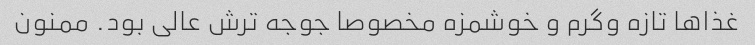
غذاها تازه وگرم و خوشمزه مخصوصا جوجه ترش عالی بود. ممنون